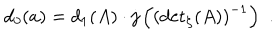
d _ { 0 } ( a ) = d _ { 1 } ( A ) \cdot j \left( \left( { \det } _ { \zeta } ( A ) \right) ^ { - 1 } \right) \, \, .